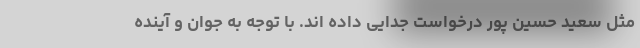
مثل سعید حسین پور درخواست جدایی داده اند. با توجه به جوان و آینده